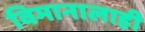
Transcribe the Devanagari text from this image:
विमानालाही